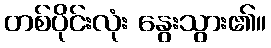
တစ်ပိုင်းလုံး နွေးသွား၏။